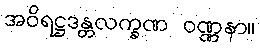
အဝိရဋ္ဌဒန္တလက္ခဏ ဝဏ္ဏနာ။